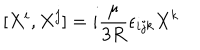
LaTeX: [ X ^ { i } , X ^ { j } ] = i { \frac { \mu } { 3 R } } \epsilon _ { i j k } X ^ { k }